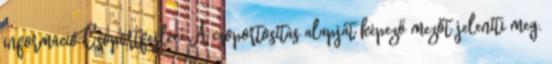
információ Csoportfejléc: A csoportosítás alapját képező mezőt jeleníti meg.